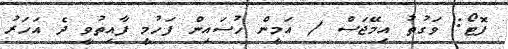
ފޮޓޯ: ވަގުތު އިމޭޖަސް / އަމީން ހުސައިން ފަހުމީ ފާއިތުވީ ދެ އަހަރު